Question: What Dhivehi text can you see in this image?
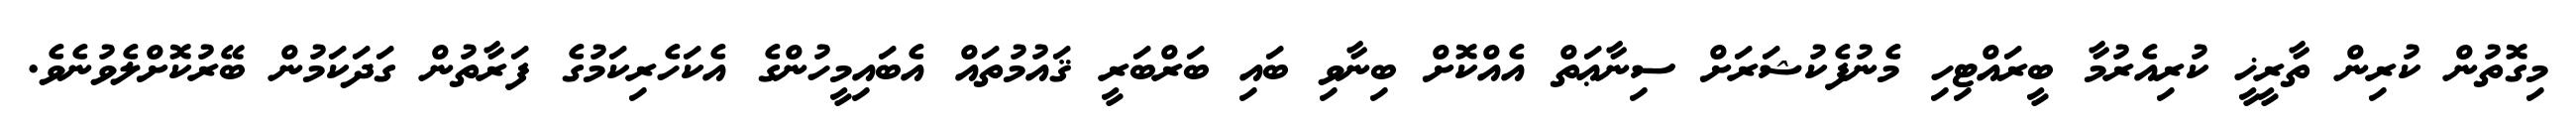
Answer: މިގޮތުން ކުރިން ތާރީޚީ ކުރިއެރުމާ ބީރައްޓިހި މެނުފެކުޝަރަށް ސިނާޢަތް އެއްކޮށް ބިނާވި ބައި ބަރްބަރީ ޤައުމުތައް އެބައިމީހުންގެ އެކަހެރިކަމުގެ ފަރާތުން ގަދަކަމުން ބޭރުކޮށްލެވުނެވެ.